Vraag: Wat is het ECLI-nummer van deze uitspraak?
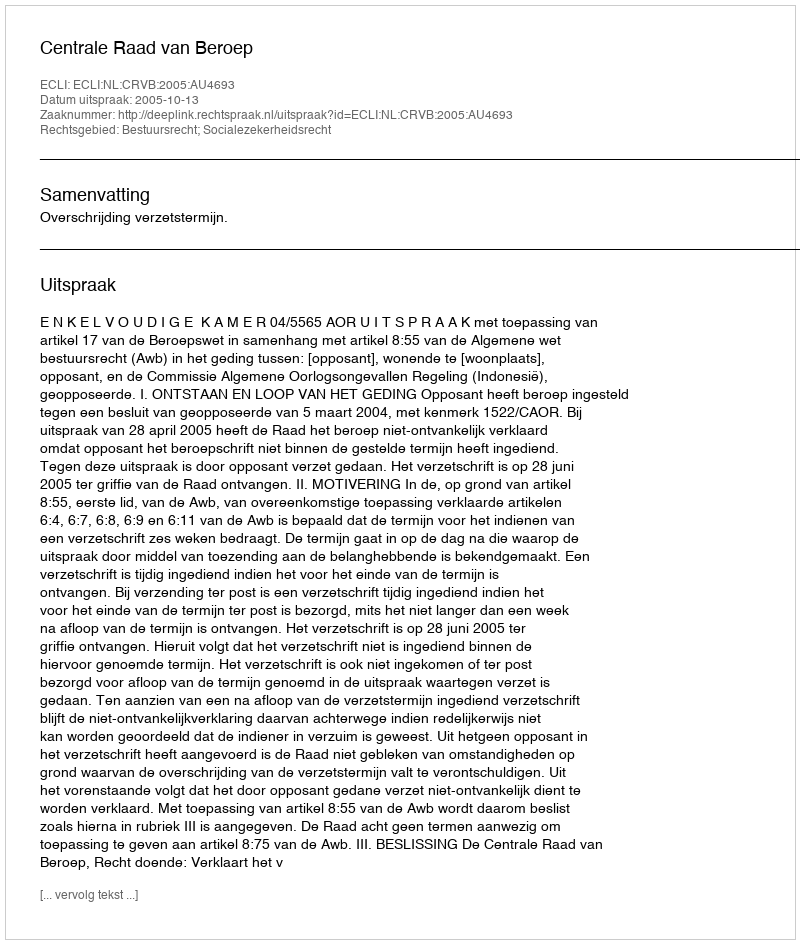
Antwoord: ECLI:NL:CRVB:2005:AU4693